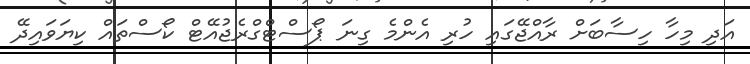
އަދި މިހާ ހިސާބަށް ރާއްޖޭގައި ހުރި އެންމެ ގިނަ ޕޯސްޓްގްރެޖުއޭޓް ކޯސްތައް ކިޔަވައިދޭ